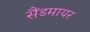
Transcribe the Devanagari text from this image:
सैंडमायर